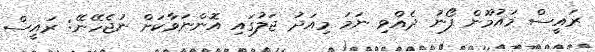
ރައީސް މައުމޫން ފޯނު ދެއްވި ނަމަ މިއަދު ޖަލުގައި އޮންނަވާކަށް ނުޖެހޭނޭ: ރައީސް